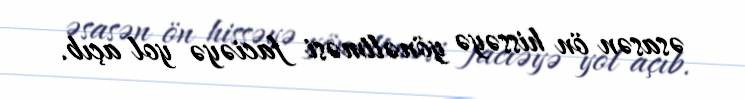
əsasən ön hissəyə yönəltməsi faciəyə yol açıb.